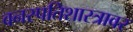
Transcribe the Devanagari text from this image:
वनस्पतिशास्त्रावर